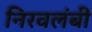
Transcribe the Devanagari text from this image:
निरवलंबी